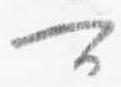
可